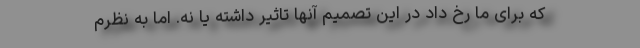
که برای ما رخ داد در این تصمیم آنها تاثیر داشته یا نه. اما به نظرم